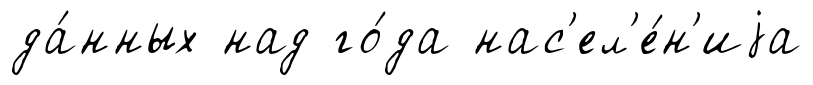
да́нных над го́да нас'ел'е́н'иjа